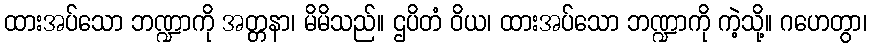
ထားအပ်သော ဘဏ္ဍာကို အတ္တနာ၊ မိမိသည်။ ဌပိတံ ဝိယ၊ ထားအပ်သော ဘဏ္ဍာကို ကဲ့သို့။ ဂဟေတွာ၊